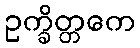
ဥက္ခိတ္တကေ